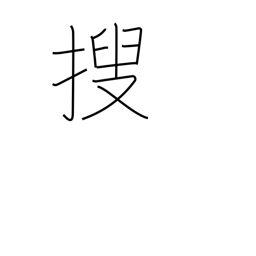
Meaning: investigate